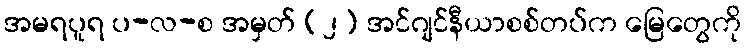
အမရပူရ ပ-လ-စ အမှတ် (၂) အင်ဂျင်နီယာစစ်တပ်က မြေတွေကို